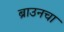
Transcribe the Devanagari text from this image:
ब्राउनचा